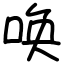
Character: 唤